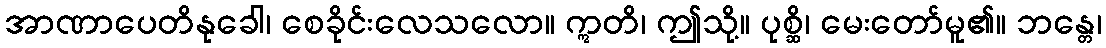
အာဏာပေတိနုခေါ၊ စေခိုင်းလေသလော။ ဣတိ၊ ဤသို့။ ပုစ္ဆိ၊ မေးတော်မူ၏။ ဘန္တေ၊